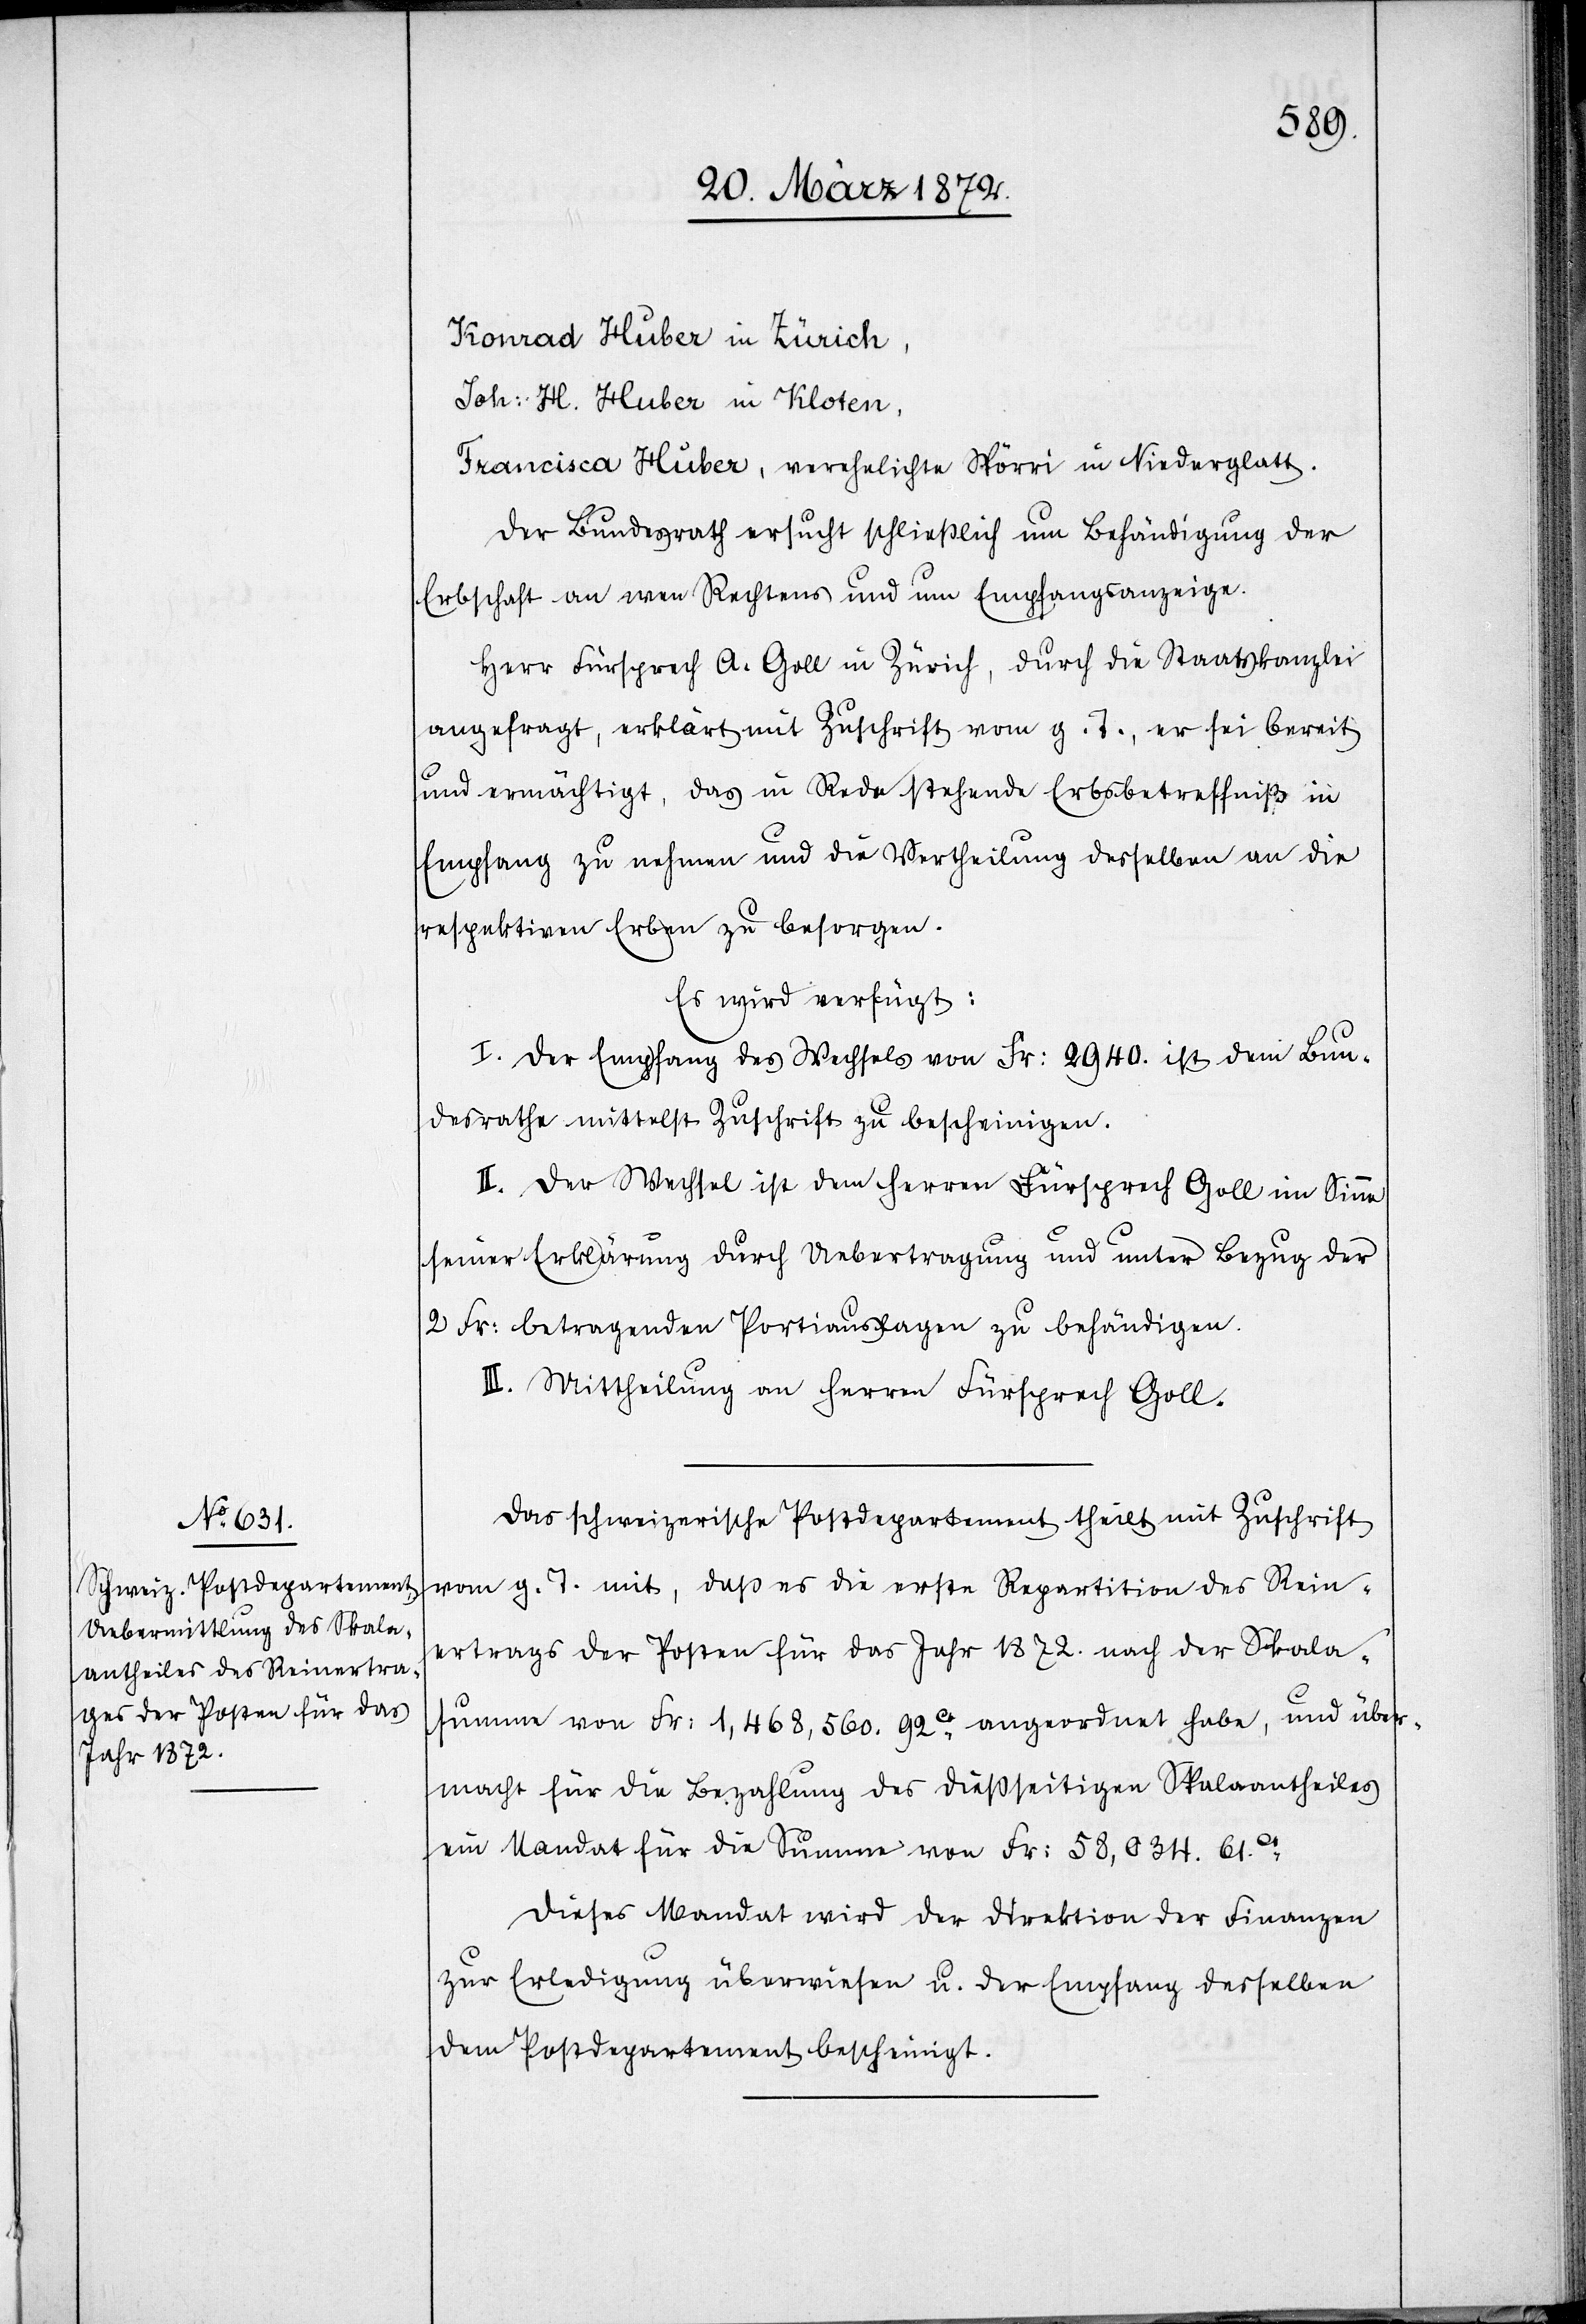
Konrad Huber in Zürich,
Joh: H. Huber in Kloten,
Francisca Huber, verehelichte Spörri in Niederglatt.
Der Bundesrath ersucht schließlich um Behändigung der
Erbschaft an wen Rechtens und um Empfangsanzeige.
Herr Fürsprech A. Goll in Zürich, durch die Staatskanzlei
angefragt, erklärt mit Zuschrift vom g. T., er sei bereit
und ermächtigt, das in Rede stehende Erbsbetreffniß in
Empfang zu nehmen und die Vertheilung desselben an die
respektiven Erben zu besorgen.
Es wird verfügt:
I. Der Empfang des Wechsels von Fr: 2040. ist dem Bun¬
desrathe mittelst Zuschrift zu bescheinigen.
II. Der Wechsel ist dem Herren Fürsprech Goll im Sinne
seiner Erklärung durch Uebertragung und unter Bezug der
2 Fr: betragenden Portiauslagen zu behändigen.
III. Mittheilung an Herren Fürsprech Goll.
Das schweizerische Postdepartement theilt mit Zuschrift
vom g. T. mit, daß es die erste Repartition des Rein¬
ertrags der Posten für das Jahr 1872. nach der Skala¬
summe von Fr: 1,468,560.92ct angeordnet habe, und über¬
macht für die Bezahlung des dießseitigen Skalaantheiles
ein Mandat für die Summe von Fr: 58,034.61ct.
Dieses Mandat wird der Direktion der Finanzen
zur Erledigung überwiesen u. der Empfang desselben
dem Postdepartement bescheinigt.